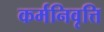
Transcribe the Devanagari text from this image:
कर्मनिवृत्ति